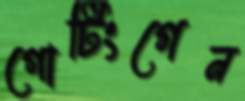
গোটিংগেন